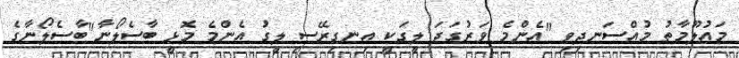
މައުލޫމާތު މުއްސަނދިވި "އެންމެ ވަރުގަދަ ލީގަކީ އިނގިރޭސި ލީގު އެންމެ މޮޅީ ބާސެލޯނާ"ބާސެލޯނާގެ